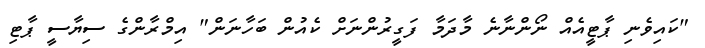
"ކައިވެނި ޕާޓީއެއް ނޯންނާނެ މާދަމާ ފަގީރުންނަށް ކެއުން ބަހާނަން" އިމްރާންގެ ސިޔާސީ ޕާޓި